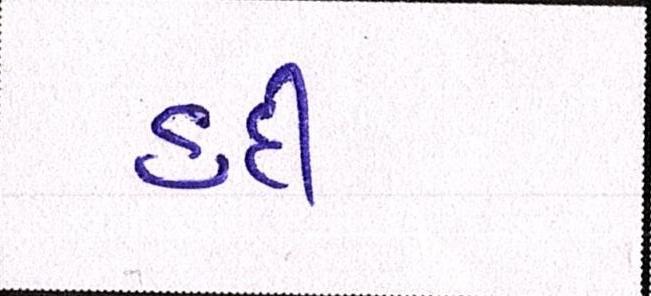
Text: હદી